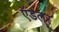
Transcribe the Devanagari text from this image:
ऍडलर